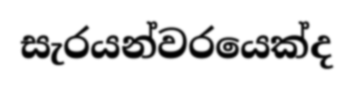
සැරයන්වරයෙක්ද